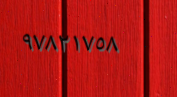
٩٧٨٢١٧٥٨